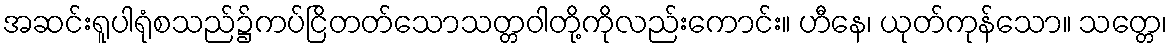
အဆင်းရူပါရုံစသည်၌ကပ်ငြိတတ်သောသတ္တဝါတို့ကိုလည်းကောင်း။ ဟီနေ၊ ယုတ်ကုန်သော။ သတ္တေ၊